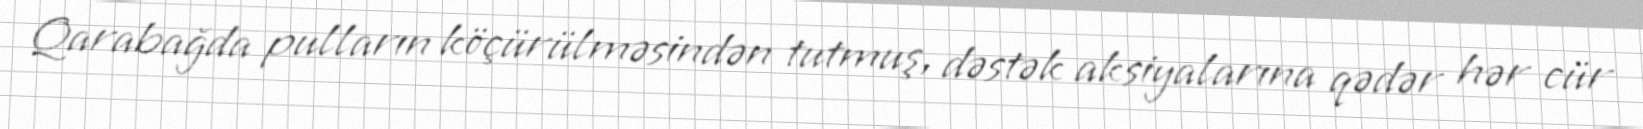
Qarabağda pulların köçürülməsindən tutmuş, dəstək aksiyalarına qədər hər cür